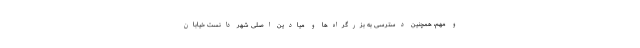
و مهم، همچنین دسترسی به بزرگراه‌ها و میادین اصلی شهر دانست خیابان